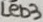
Text: LED3